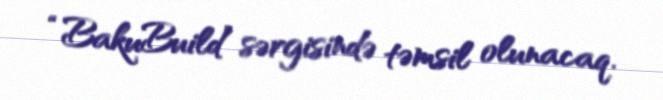
“BakuBuild” sərgisində təmsil olunacaq.